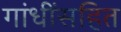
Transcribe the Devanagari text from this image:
गांधींसहित